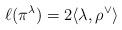
LaTeX: \begin{align*}\ell(\pi^\lambda) = 2 \langle \lambda, \rho^\vee \rangle \end{align*}